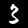
Label: 3